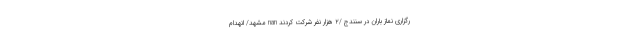
رگزاری نماز باران در سنندج /2 هزار نفر شرکت کردند nan مشهد/ انهدام